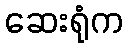
ဆေးရုံက